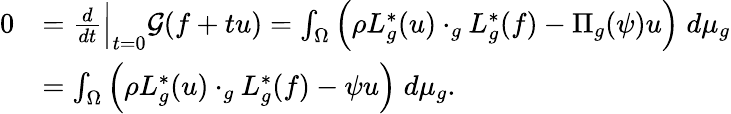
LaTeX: \begin{array}{rl}{0}&{=\frac{d}{dt}\Big|_{t=0}\mathcal G(f+tu)=\int_{\Omega}\Big(\rho L_{g}^{*}(u)\cdot_{g}L_{g}^{*}(f)-\Pi_{g}(\psi)u\Big)\; d\mu_{g}}\\ &{=\int_{\Omega}\Big(\rho L_{g}^{*}(u)\cdot_{g}L_{g}^{*}(f)-\psi u\Big)\; d\mu_{g}.}\end{array}